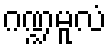
ဂဏ္ဍမူလံ